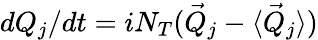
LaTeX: dQ_{j}/dt=iN_{T}(\vec{Q}_{j}-\langle\vec{Q}_{j}\rangle)